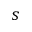
s